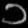
Digit: ၁